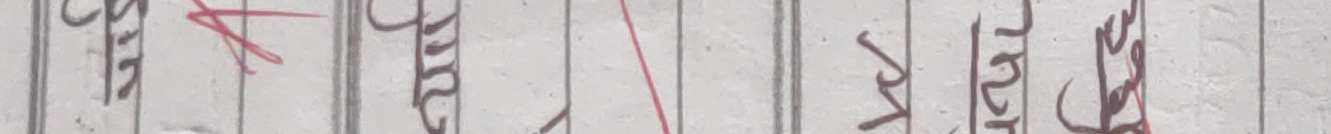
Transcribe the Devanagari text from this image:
सुदम मिले खुल् अनुसार प्रति गत ले आठ जुलाई